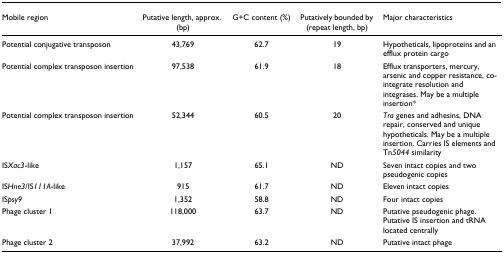
<table><thead><tr><td><b>Mobile region</b></td><td><b>Putative length, approx. (bp)</b></td><td><b>G+C content (%)</b></td><td><b>Putatively bounded by (repeat length, bp)</b></td><td><b>Major characteristics</b></td></tr></thead><tbody><tr><td>Potential conjugative transposon</td><td>43,769</td><td>62.7</td><td>19</td><td>Hypotheticals, lipoproteins and an efflux protein cargo</td></tr><tr><td>Potential complex transposon insertion</td><td>97,538</td><td>61.9</td><td>18</td><td>Efflux transporters, mercury, arsenic and copper resistance, co-integrate resolution and integrases. May be a multiple insertion*</td></tr><tr><td>Potential complex transposon insertion</td><td>52,344</td><td>60.5</td><td>20</td><td><i>Tra </i>genes and adhesins, DNA repair, conserved and unique hypotheticals. May be a multiple insertion. Carries IS elements and Tn<i>5044 </i>similarity</td></tr><tr><td>IS<i>Xac3</i>-like</td><td>1,157</td><td>65.1</td><td>ND</td><td>Seven intact copies and two pseudogenic copies</td></tr><tr><td>IS<i>Hne3</i>/IS<i>111A</i>-like</td><td>915</td><td>61.7</td><td>ND</td><td>Eleven intact copies</td></tr><tr><td>IS<i>psy9</i></td><td>1,352</td><td>58.8</td><td>ND</td><td>Four intact copies</td></tr><tr><td>Phage cluster 1</td><td>118,000</td><td>63.7</td><td>ND</td><td>Putative pseudogenic phage. Putative IS insertion and tRNA located centrally</td></tr><tr><td>Phage cluster 2</td><td>37,992</td><td>63.2</td><td>ND</td><td>Putative intact phage</td></tr></tbody></table>